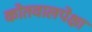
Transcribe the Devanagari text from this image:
कोतवालपेक्षा